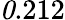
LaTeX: \mathit 0.212